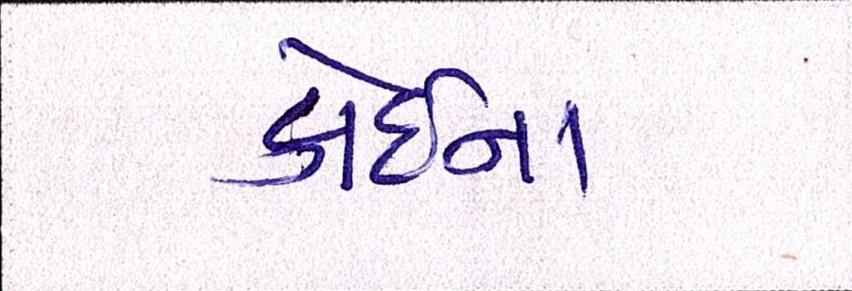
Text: કોઇના